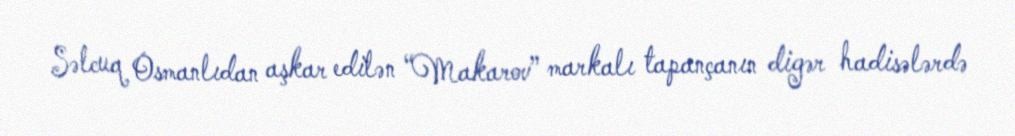
Səlcuq Osmanlıdan aşkar edilən “Makarov” markalı tapançanın digər hadisələrdə